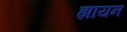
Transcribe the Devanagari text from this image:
झायन